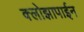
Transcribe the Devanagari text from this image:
क्लोझापाईन